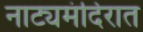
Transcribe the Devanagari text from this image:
नाट्यमंदिरात